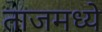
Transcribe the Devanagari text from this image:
ताजमध्ये